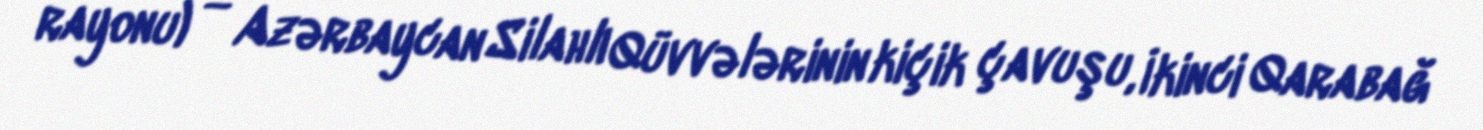
rayonu) — Azərbaycan Silahlı Qüvvələrinin kiçik çavuşu, İkinci Qarabağ